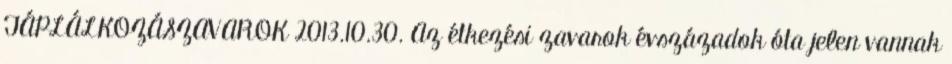
TÁPLÁLKOZÁSZAVAROK 2013.10.30. Az étkezési zavarok évszázadok óta jelen vannak